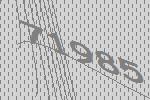
71985